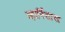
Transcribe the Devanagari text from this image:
व्हार्निशाचा